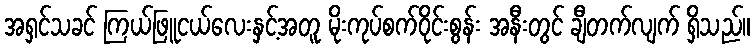
အရှင်သခင် ကြယ်ဖြူငယ်လေးနှင့်အတူ မိုးကုပ်စက်ဝိုင်းစွန်း အနီးတွင် ချီတက်လျက် ရှိသည်။